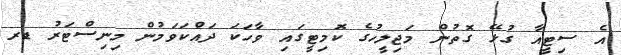
އެ ސިޓީއާ ގުޅޭ ގޮތުން މަޖިލީހުގެ ކޮމިޓީގައި ވާހަކަ ދައްކަވަމުން މިނިސްޓަރު ޑރ